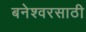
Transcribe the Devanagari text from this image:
बनेश्वरसाठी